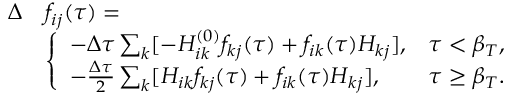
\begin{array} { r l } { \Delta } & { f _ { i j } ( \tau ) = } \\ & { \left\{ \begin{array} { l l } { - \Delta \tau \sum _ { k } [ - H _ { i k } ^ { ( 0 ) } f _ { k j } ( \tau ) + f _ { i k } ( \tau ) H _ { k j } ] , } & { \tau < \beta _ { T } , } \\ { - \frac { \Delta \tau } { 2 } \sum _ { k } [ H _ { i k } f _ { k j } ( \tau ) + f _ { i k } ( \tau ) H _ { k j } ] , } & { \tau \ge \beta _ { T } . } \end{array} \right. } \end{array}